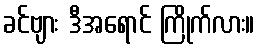
ခင်ဗျား ဒီအရောင် ကြိုက်လား။